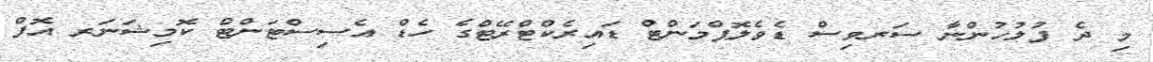
މި ދެ ފުލުހުންނާ ސަރވިސް ޑެވެލޮޕްމަންޓް ޑައިރެކްޓްރޭޓްގެ ހެޑް އެސިސްޓަންޓް ކޮމިޝަނަރ އޮފް